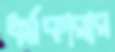
ধর্মকারার